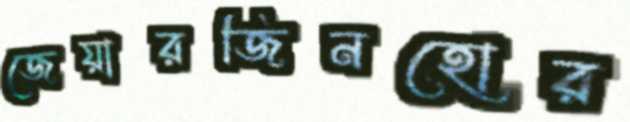
জেয়ারজিনহোর